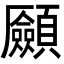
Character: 𩖄